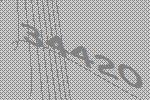
34420